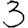
Digit: 3